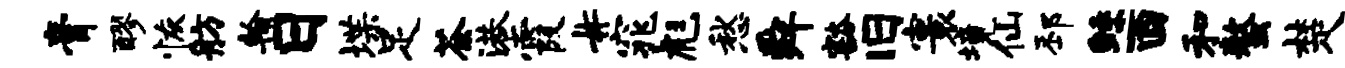
膏醪恢舫翰日堞足荼港霞#窕彪愁舜豁旧寰境仙邳鲧酉和螯楚踏